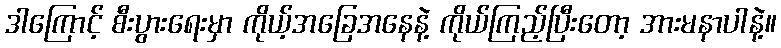
ဒါကြောင့် စီးပွားရေးမှာ ကိုယ့်အခြေအနေနဲ့ ကိုယ်ကြည့်ပြီးတော့ အားမနာပါနဲ့။